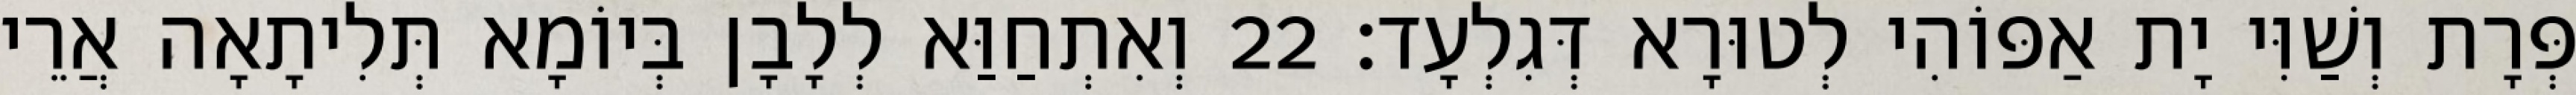
פְּרָת וְשַׁוִּי יָת אַפּוֹהִי לְטוּרָא דְּגִלְעָד׃ 22 וְאִתְחַוַּא לְלָבָן בְּיוֹמָא תְּלִיתָאָה אֲרֵי